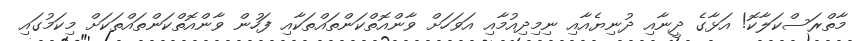
މާތްރަސްކަލާކޮ! އަޅާގެ ދީނާއި ދުނިޔެއާއި ނިމިދިއުމާއި އަވަހަށް ވާންއޮތްކަންތައްތަކާއި ފަހުން ވާންއޮތްކަންތައްތަކަށް މިކަމުގައި